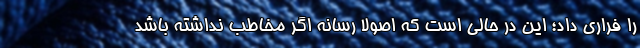
را فراری داد؛ این در حالی است که اصولا رسانه اگر مخاطب نداشته باشد